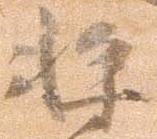
将